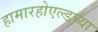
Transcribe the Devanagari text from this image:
हामारहोएल्डच्या